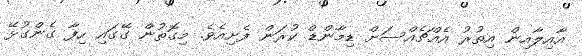
އާއިލާއިން އިތުރު އެއްޗެއްސަށް ޑިމާންޑް ކުރަން ފެށިއެވެ. މިގޮތުން ގޭގައި ހިފާ ގެންގުޅޭ